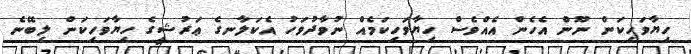
ހިޔާވަހިކަން ނޫން އެހެން އެއްވެސް ހިޔާވަހިކަމެއް ނުވާދުވަހު އެކަލާނގެ ޢަރުޝީގެ ހިޔާވަހިކަން ލިބޭނެ